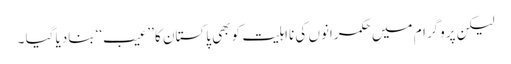
لیکن پروگرام میں حکمرانوں کی نااہلیت کو بھی پاکستان کا ’’عیب‘‘ بنادیا گیا ۔